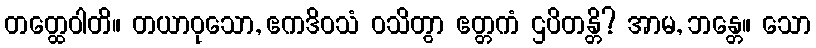
တတ္ထေဝါတိ။ တယာဝုသော, ဧကဒိဝသံ ဝသိတွာ ဧတ္တကံ ဌပိတန္တိ? အာမ, ဘန္တေ။ သော